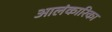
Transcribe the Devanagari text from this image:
आलंकारिका